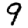
Digit: 9